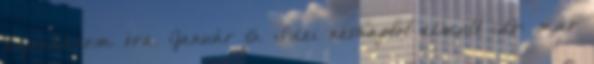
tizenhárom óra. Január 15. Idei névnaptól elmult idő: már